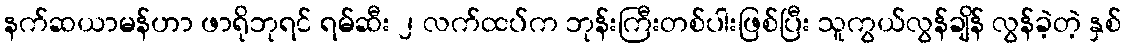
နက်ဆယာမန်ဟာ ဖာရိုဘုရင် ရမ်ဆီး ၂ လက်ထပ်က ဘုန်းကြီးတစ်ပါးဖြစ်ပြီး သူကွယ်လွန်ချိန် လွန်ခဲ့တဲ့ နှစ်